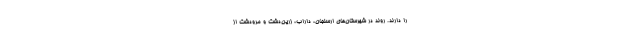
را دارند. روند در شهرستان‌های ارسنجان، داراب، زرین‌دشت و مرودشت از